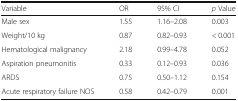
<table><thead><tr><td><b>Variable</b></td><td><b>OR</b></td><td><b>95% CI</b></td><td><b><i>p</i> Value</b></td></tr></thead><tbody><tr><td>Male sex</td><td>1.55</td><td>1.16–2.08</td><td>0.003</td></tr><tr><td>Weight/10 kg</td><td>0.87</td><td>0.82–0.93</td><td>&lt; 0.001</td></tr><tr><td>Hematological malignancy</td><td>2.18</td><td>0.99–4.78</td><td>0.052</td></tr><tr><td>Aspiration pneumonitis</td><td>0.33</td><td>0.12–0.93</td><td>0.036</td></tr><tr><td>ARDS</td><td>0.75</td><td>0.50–1.12</td><td>0.154</td></tr><tr><td>Acute respiratory failure NOS</td><td>0.58</td><td>0.42–0.79</td><td>0.001</td></tr></tbody></table>